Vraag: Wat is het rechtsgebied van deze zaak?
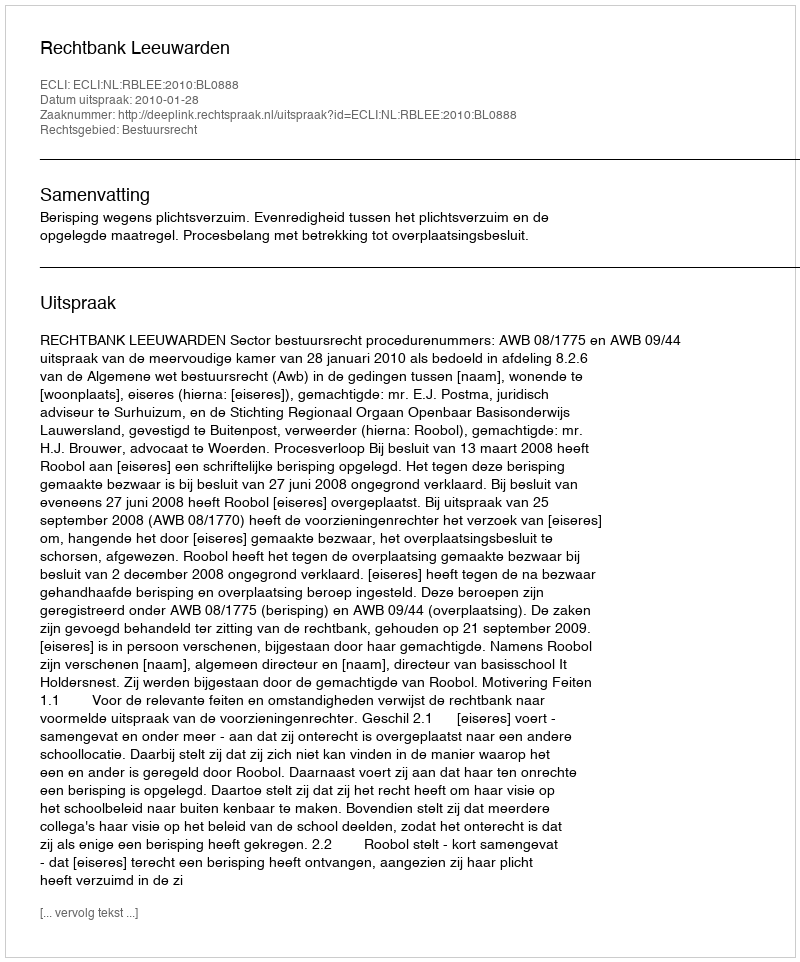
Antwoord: Bestuursrecht